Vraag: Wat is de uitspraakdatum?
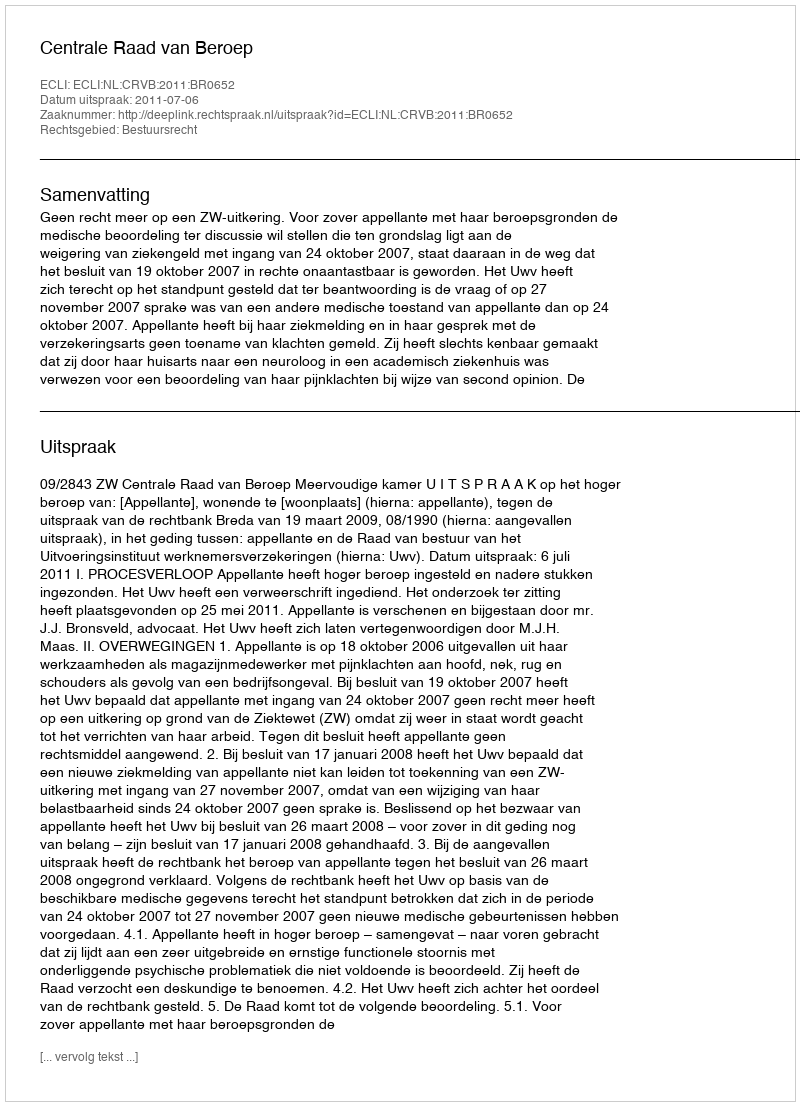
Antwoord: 2011-07-06